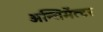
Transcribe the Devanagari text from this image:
अन्तिमेंत्टर